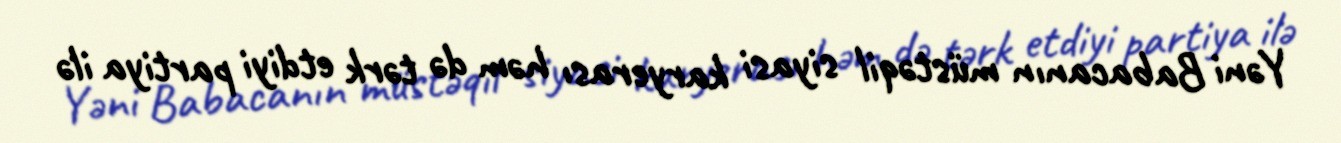
Yəni Babacanın müstəqil siyasi karyerası həm də tərk etdiyi partiya ilə